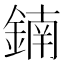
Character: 𨩇